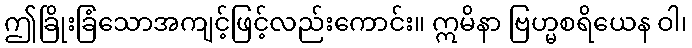
ဤခြိုးခြံသောအကျင့်ဖြင့်လည်းကောင်း။ ဣမိနာ ဗြဟ္မစရိယေန ဝါ၊